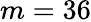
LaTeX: m=36